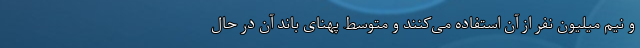
و نیم میلیون نفر از آن استفاده می‌کنند و متوسط پهنای باند آن در حال